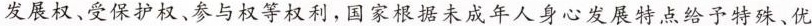
发展权、受保护权、参与权等权利，国家根据未成年人身心发展特点给予特殊、优